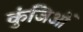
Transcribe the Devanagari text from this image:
कुंजिओं